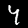
Label: 4